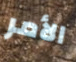
الأمر